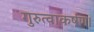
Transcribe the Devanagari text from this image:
गुरुत्वाकर्षण।